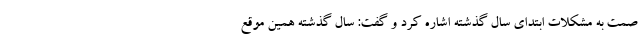
صمت به مشکلات ابتدای سال گذشته اشاره کرد و گفت: سال گذشته همین موقع